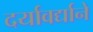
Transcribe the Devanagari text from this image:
दर्यावर्द्याने